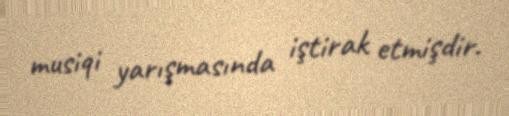
musiqi yarışmasında iştirak etmişdir.